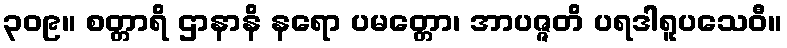
၃၀၉။ စတ္တာရိ ဌာနာနိ နရော ပမတ္တော၊ အာပဇ္ဇတိ ပရဒါရူပသေဝီ။